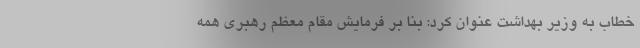
خطاب به وزیر بهداشت عنوان کرد: بنا بر فرمایش مقام معظم رهبری همه